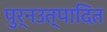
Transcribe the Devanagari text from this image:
पुर्नउत्पादित